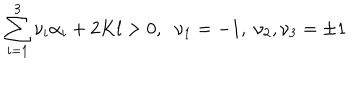
\sum _ { i = 1 } ^ { 3 } \nu _ { i } \alpha _ { i } + 2 K l > 0 , \; \; \nu _ { 1 } = - 1 , \; \nu _ { 2 } , \nu _ { 3 } = \pm 1